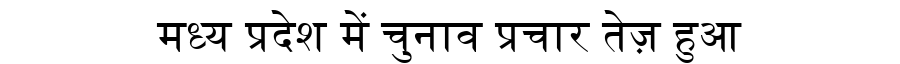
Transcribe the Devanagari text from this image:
मध्य प्रदेश में चुनाव प्रचार तेज़ हुआ